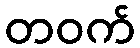
တဝက်